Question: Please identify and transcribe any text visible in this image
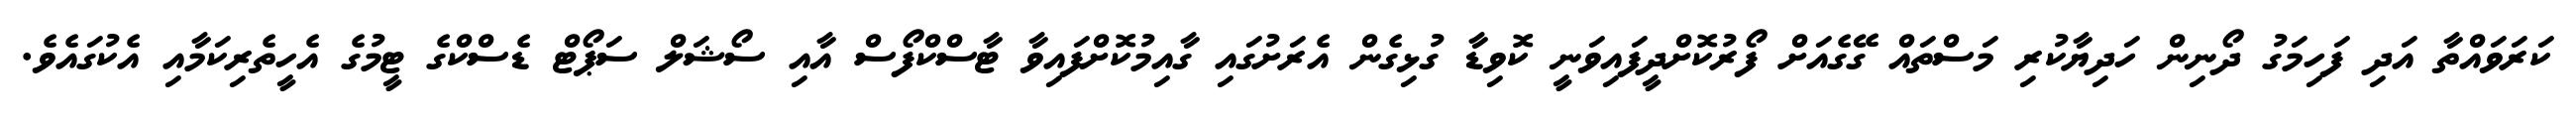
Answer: ކަރަވައްތާ އަދި ފަހިމަގު ދޯނިން ހަދިޔާކުރި މަސްތައް ގޭގެއަށް ފޯރުކޮށްދީފައިވަނީ ކޮވިޑާ ގުޅިގެން އެރަށުގައި ގާއިމުކޮށްފައިވާ ޓާސްކްފޯސް އާއި ސޯޝަލް ސަޕޯޓް ޑެސްކްގެ ޓީމުގެ އެހީތެރިކަމާއި އެކުގައެވެ.